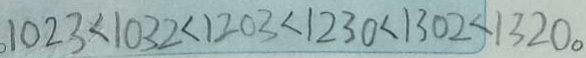
1 0 2 3 < 1 0 3 2 < 1 2 0 3 < 1 2 3 0 < 1 3 0 2 < 1 3 2 0 。